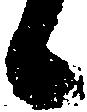
候